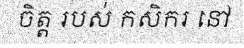
ចិត្ត របស់ កសិករ នៅ